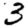
Digit: 3